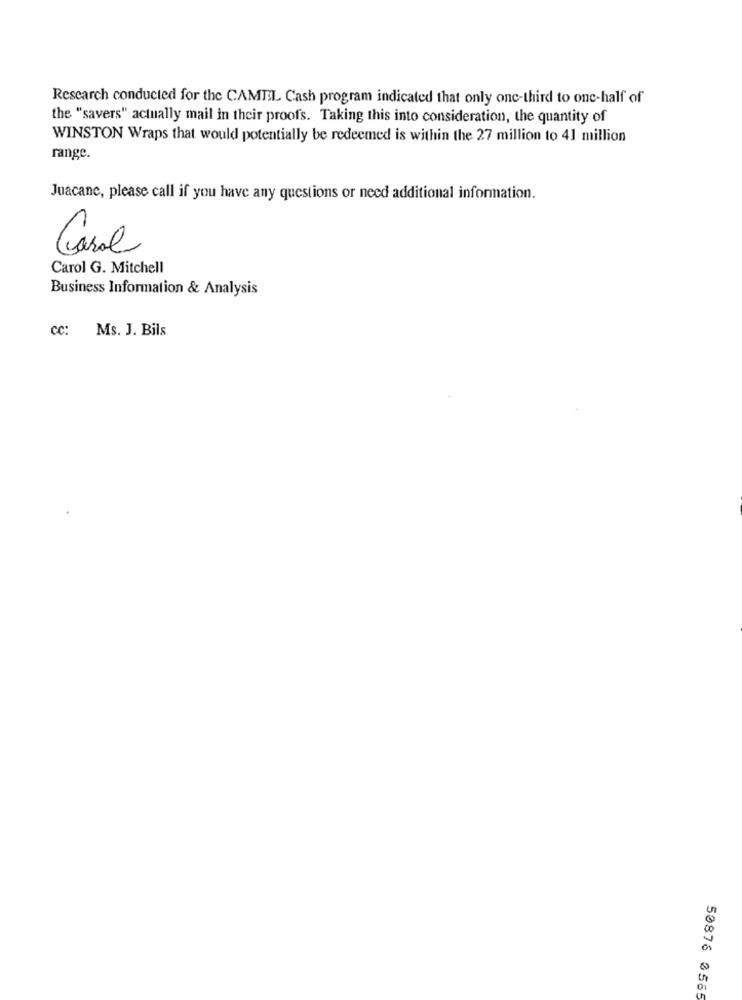
Research conducted for the CAMEL Cash program indicated that only one-third to one-half of
the "savers" actually mail in their proofs. Taking this into consideration, the quantity of
WINSTON Wraps that would potentially be redeemed is within the 27 million to 41 million
range.
Juacane, please call if you have any questions or need additional information.
Caral
Carol G. Mitchell
Business Information & Analysis
cc:
Ms. J. Bils
50876 3565